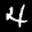
Label: 4